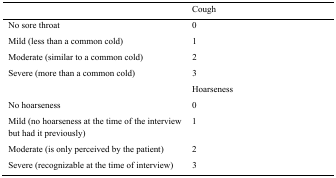
<table><thead><tr><td></td><td><b>Cough</b></td></tr></thead><tbody><tr><td>No sore throat</td><td>0</td></tr><tr><td>Mild (less than a common cold)</td><td>1</td></tr><tr><td>Moderate (similar to a common cold)</td><td>2</td></tr><tr><td rowspan="2">Severe (more than a common cold)</td><td>3</td></tr><tr><td>Hoarseness</td></tr><tr><td>No hoarseness</td><td>0</td></tr><tr><td>Mild (no hoarseness at the time of the interview but had it previously)</td><td>1</td></tr><tr><td>Moderate (is only perceived by the patient)</td><td>2</td></tr><tr><td>Severe (recognizable at the time of interview)</td><td>3</td></tr></tbody></table>